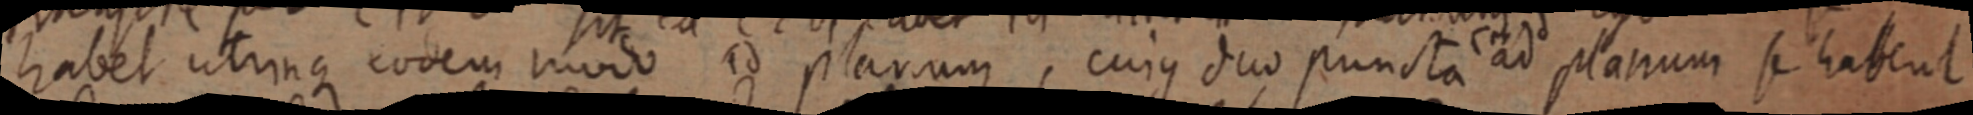
habet utrinque eodem modo ad plurum, cujus duo puncta ad planum se habent